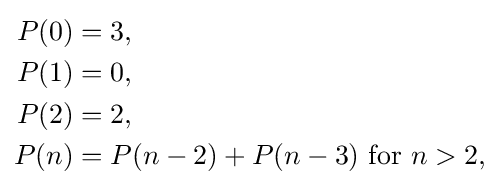
{\begin{aligned}P(0)&=3,\\P(1)&=0,\\P(2)&=2,\\P(n)&=P(n-2)+P(n-3){\mbox{  for }}n>2,\end{aligned}}